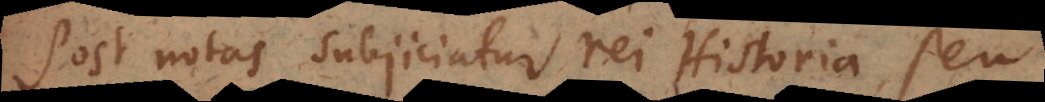
Post notas subjiciatur rei Historia, seu